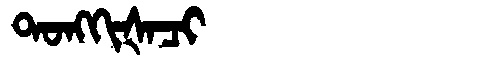
Manchu: ᡨᠣᠩᡴᡳᡧᠠᠴᡳ
Romanization: TONGKIŠACI